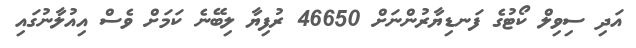
އަދި ސިވިލް ކޯޓުގެ ފަނޑިޔާރުންނަށް 46650 ރުފިޔާ ލިބޭނެ ކަމަށް ވެސް އިއުލާނުގައި